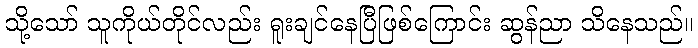
သို့သော် သူကိုယ်တိုင်လည်း ရူးချင်နေပြီဖြစ်ကြောင်း ဆွန်ညာ သိနေသည်။